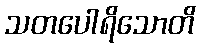
သတပေါရိသောတိ